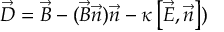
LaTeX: \vec { D } = \vec { B } - ( \vec { B } \vec { n } ) \vec { n } - \kappa \left[ \vec { E } , \vec { n } \right] )